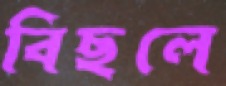
বিছলে